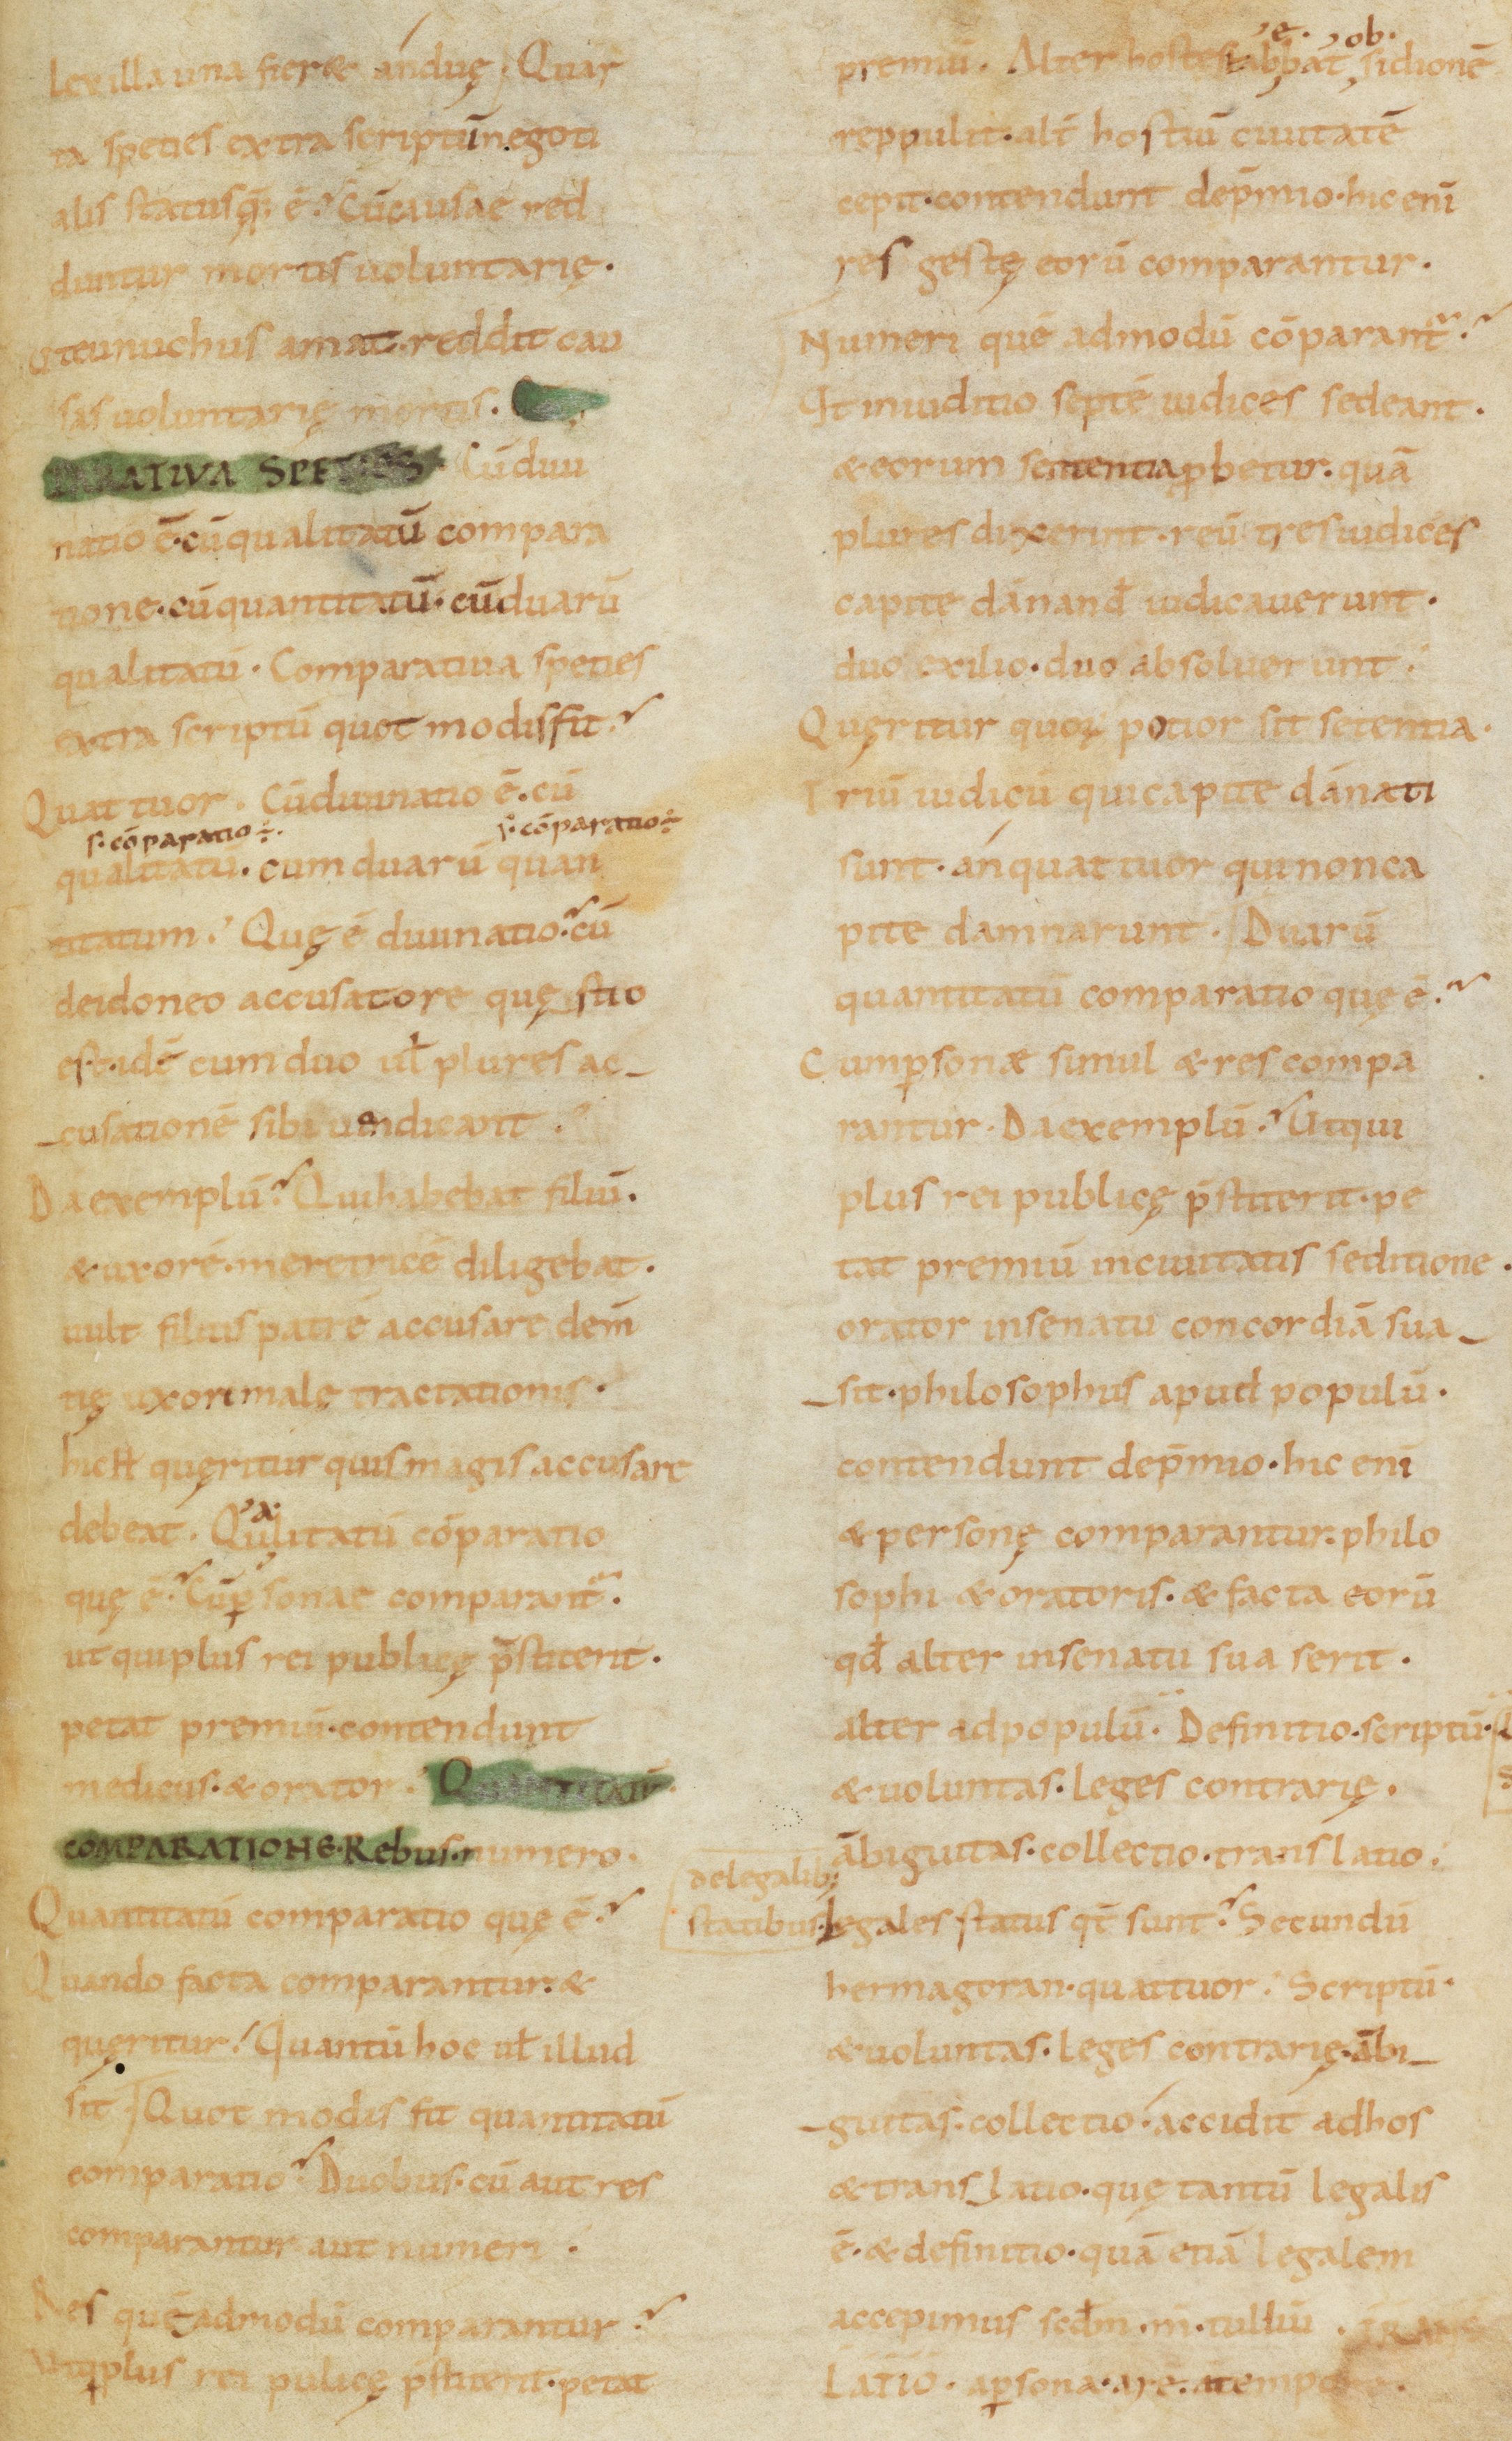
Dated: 900–999